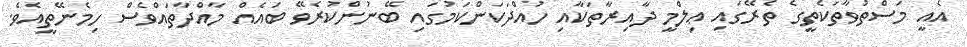
އެއީ މަސްތުވާތަކެތީގެ ތެރޭގައި ޢިލްމީ ދާއިރާތަކާއި ހުއްދަކަންކަމުގައި ބޭނުންކުރެވޭ ބައެއް މާއްދާތައްވެސް ހިމެނޭތީއެވެ.